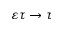
\varepsilon \tau \to \tau